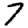
Digit: 7